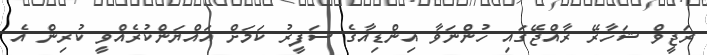
ރަޖީވް ޝަހާރޭ ރާއްޖޭގައި ހުންނަވާ އިންޑިއާގެ ސަފީރު ކަމަށް އައްޔަންކުރެއްވީ ކުރިން އެ